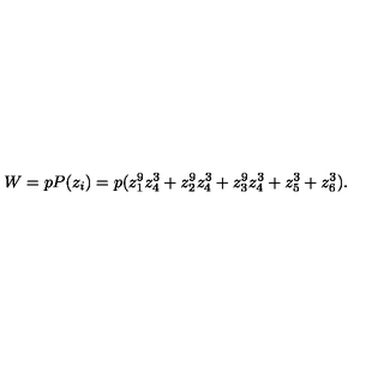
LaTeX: W = p P ( z _ { i } ) = p ( z _ { 1 } ^ { 9 } z _ { 4 } ^ { 3 } + z _ { 2 } ^ { 9 } z _ { 4 } ^ { 3 } + z _ { 3 } ^ { 9 } z _ { 4 } ^ { 3 } + z _ { 5 } ^ { 3 } + z _ { 6 } ^ { 3 } ) .